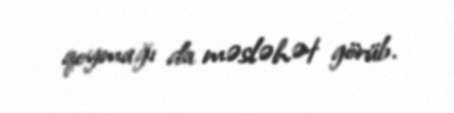
qoymağı da məsləhət görüb.